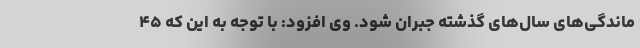
ماندگی‌های سال‌های گذشته جبران شود. وی افزود: با توجه به این که ۴۵